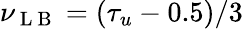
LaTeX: \nu_{\mathrm{~L~B~}}=(\tau_{u}-0.5)/3